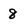
Character: 8